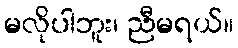
မလိုပါဘူး၊ ညီမရယ်။